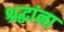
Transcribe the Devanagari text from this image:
श्रद्घांना